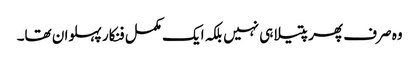
وہ صرف پھرپتیلا ہی نہیں بلکہ ایک مکمل فنکار پہلوان تھا۔